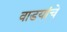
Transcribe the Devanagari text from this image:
वाडयांचे